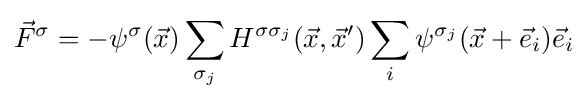
{\vec {F}}^{\sigma }=-\psi ^{\sigma }({\vec {x}})\sum _{\sigma _{j}}H^{\sigma \sigma _{j}}({\vec {x}},{\vec {x}}')\sum _{i}\psi ^{\sigma _{j}}({\vec {x}}+{\vec {e}}_{i}){\vec {e}}_{i}\,\!